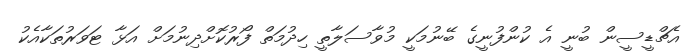
އެޗްޑީސީން ބުނީ އެ ކުންފުނީގެ ބޭނުމަކީ މުވާސަލާތީ ހިދުމަތް ފޯރުކޮށްދިނުމަށް އަޅާ ޓަަވަރުތަކާއެކު